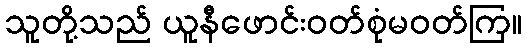
သူတို့သည် ယူနီဖောင်းဝတ်စုံမဝတ်ကြ။